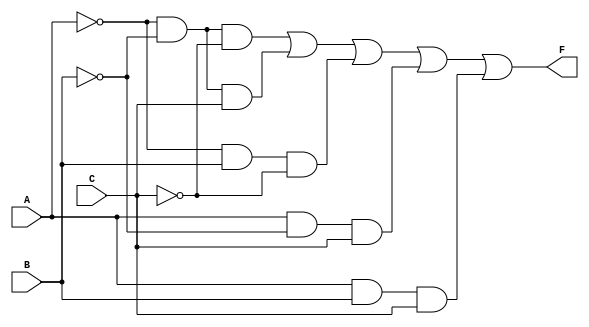
module three_variable_kmap (
    input wire A,   // Input variable A
    input wire B,   // Input variable B
    input wire C,   // Input variable C
    output wire F   // Output variable F
);

// Simplified Boolean expression derived from the K-map:
// F = A'B'C' + A'B'C + A'BC' + AB'C + ABC

assign F = (~A & ~B & ~C) |  // minterm 0
           (~A & ~B &  C) |  // minterm 1
           (~A &  B & ~C) |  // minterm 2
           ( A & ~B &  C) |  // minterm 5
           ( A &  B &  C);    // minterm 6

endmodule